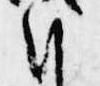
朝